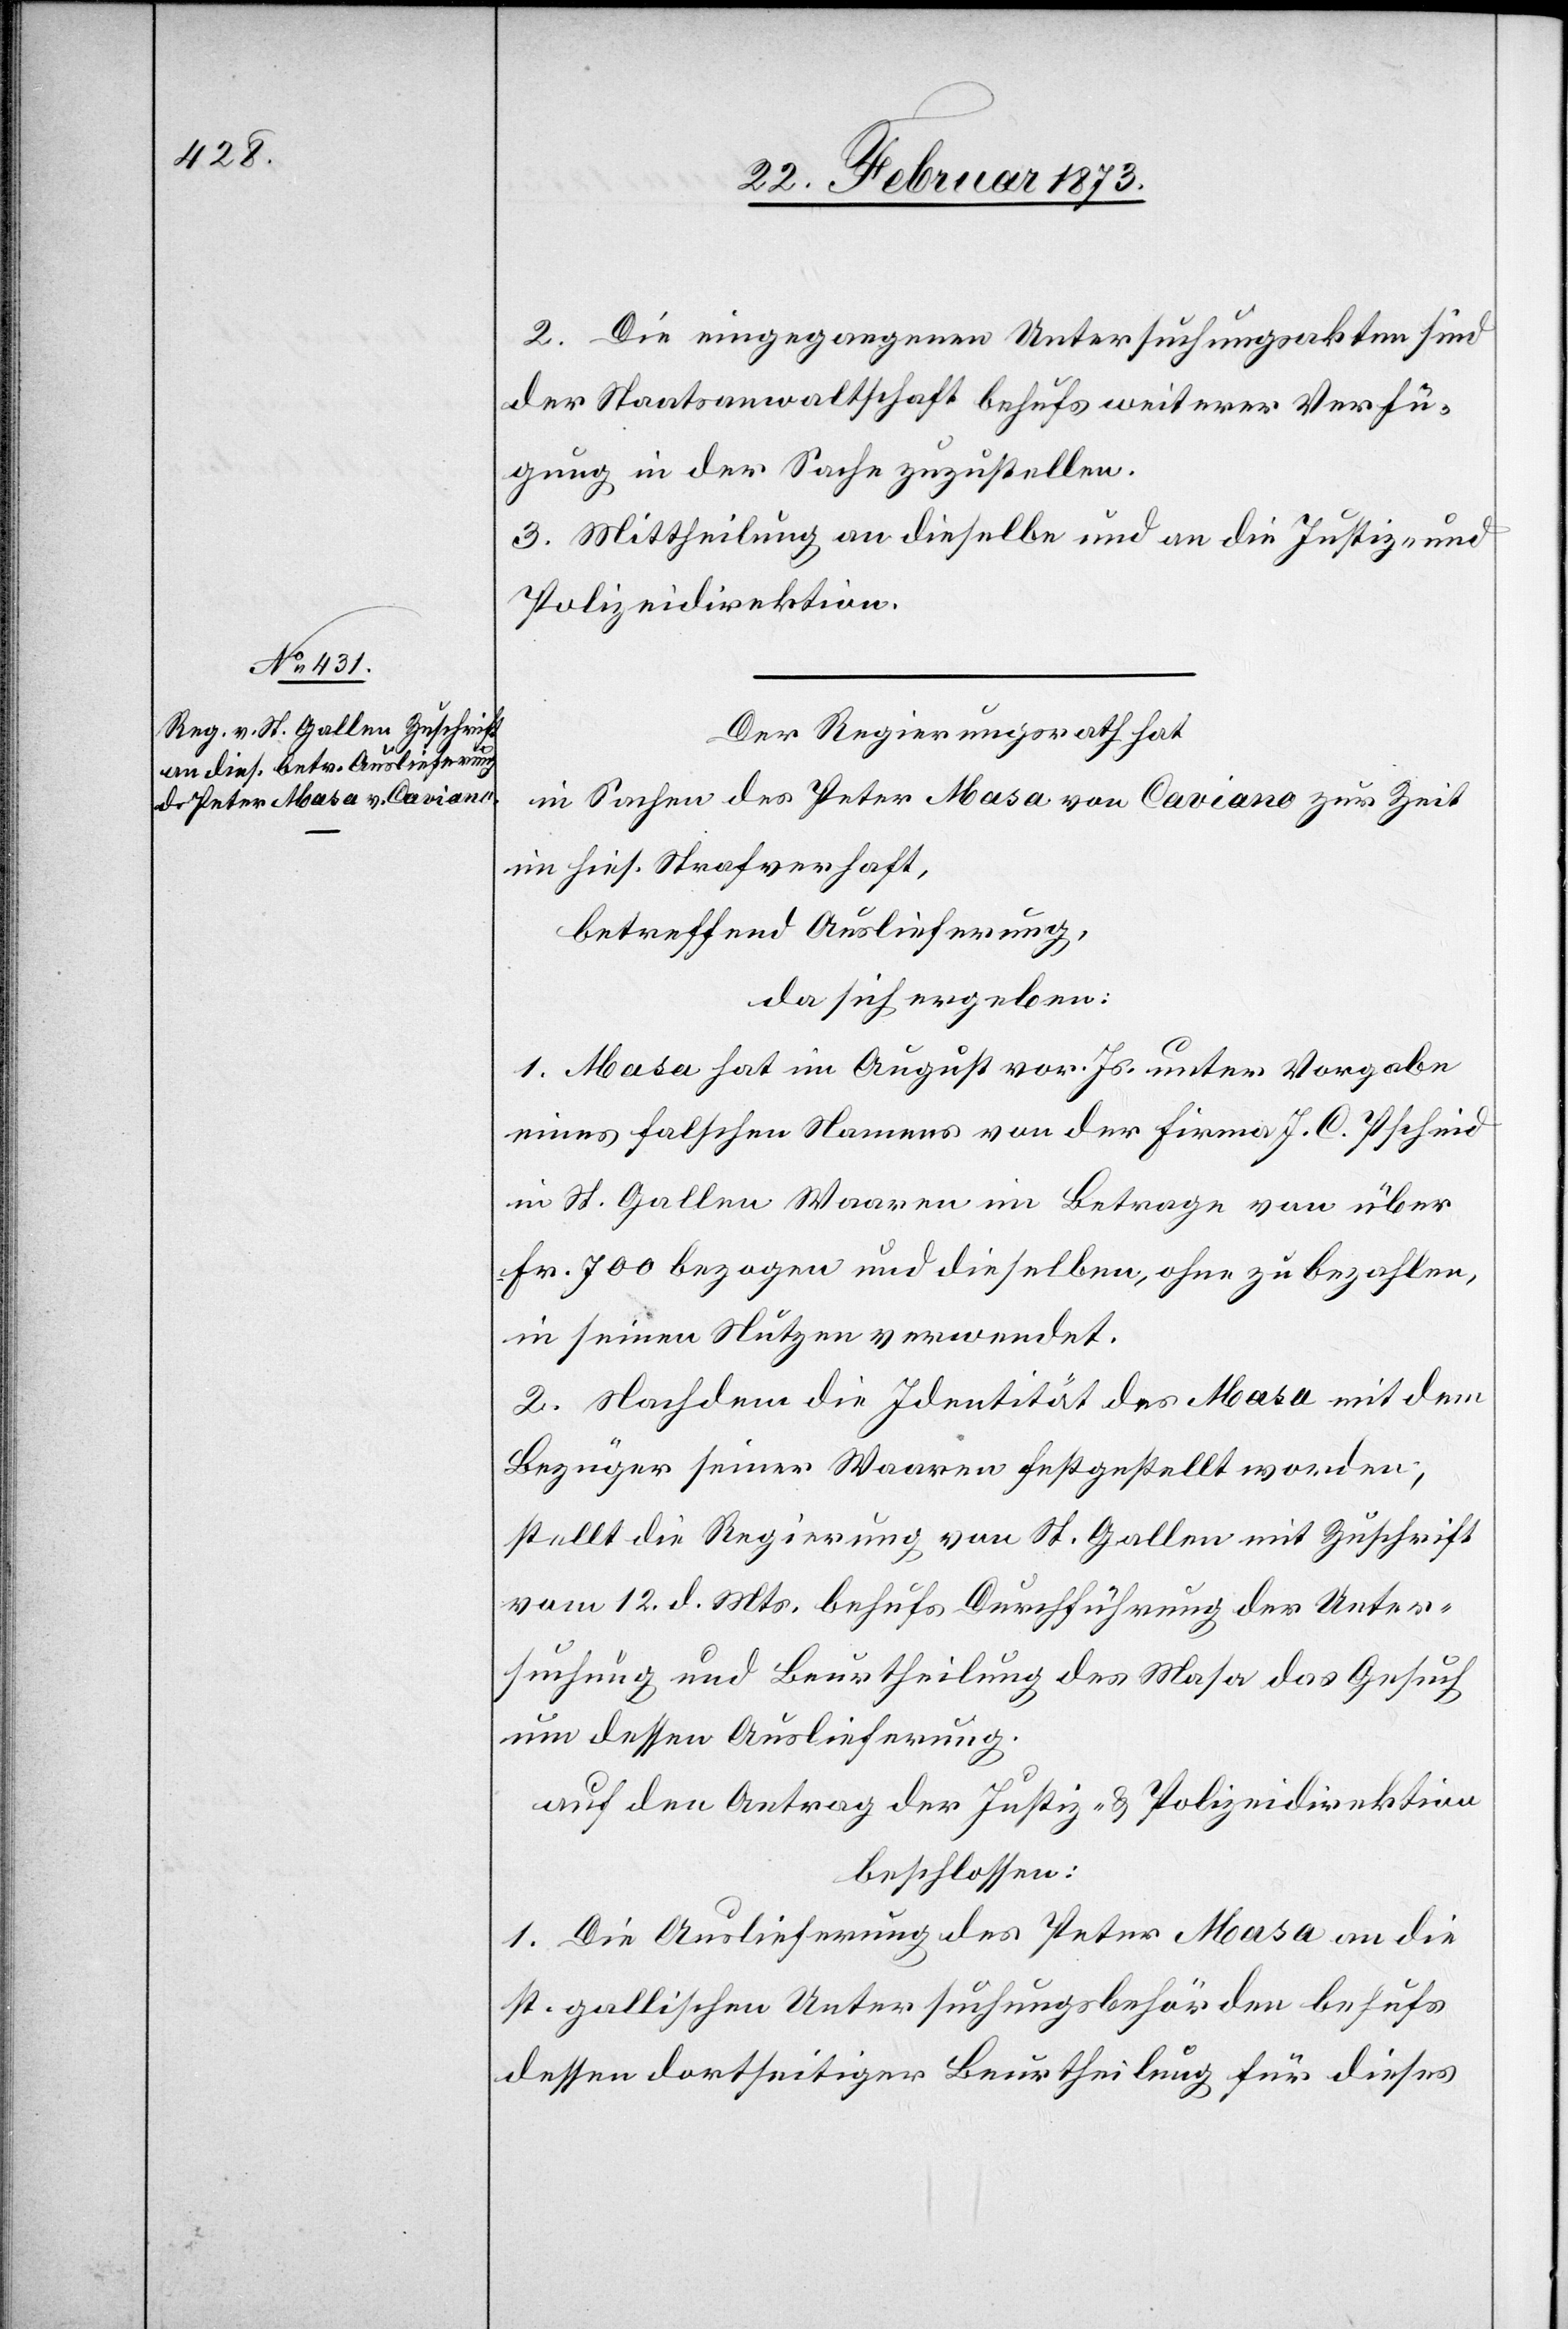
2. Die eingegangenen Untersuchungsakten sind
der Staatsanwaltschaft behufs weiterer Verfü¬
gung in der Sache zuzustellen.
3. Mittheilung an dieselbe und an die Justiz- und
Polizeidirektion.
Der Regierungsrath hat
in Sachen des Peter Masa von Caviano zur Zeit
im hies. Strafverhaft,
betreffend Auslieferung,
da sich ergeben:
1. Masa hat im August vor. Js. unter Vorgabe
eines falschen Namens von der Firma J. C. Pscheid
in St. Gallen Waren im Betrage von über
Fr. 700 bezogen und dieselben, ohne zu bezahlen,
in seinen Nützen verwendet.
2. Nachdem die Identität des Masa mit dem
Bezüger seiner Waaren festgestellt worden;
stellt die Regierung von St. Gallen mit Zuschrift
vom 12. d. Mts. behufs Durchführung der Unter¬
suchung und Beurtheilung des Masa das Gesuch
um dessen Auslieferung.
auf den Antrag der Justiz- u. Polizeidirektion
beschlossen:
1. Die Auslieferung des Peter Masa an die
st. gallischen Untersuchungsbehörden behufs
dessen dortseitiger Beurtheilung für dieses